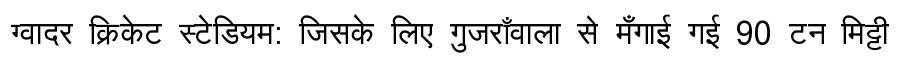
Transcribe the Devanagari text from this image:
ग्वादर क्रिकेट स्टेडियम: जिसके लिए गुजराँवाला से मँगाई गई 90 टन मिट्टी